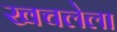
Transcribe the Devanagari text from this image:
खचलेला